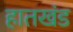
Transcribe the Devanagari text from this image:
हातखंड